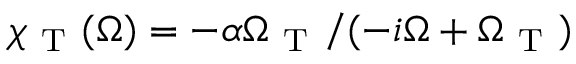
\chi _ { \mathrm { ~ T ~ } } ( \Omega ) = - \alpha \Omega _ { \mathrm { ~ T ~ } } / ( - i \Omega + \Omega _ { \mathrm { ~ T ~ } } )